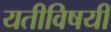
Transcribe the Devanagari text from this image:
यतीविषयी